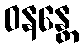
ဝနန္တေ